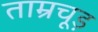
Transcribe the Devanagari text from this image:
ताम्रचूड़